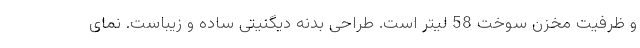
و ظرفیت مخزن سوخت 58 لیتر است. طراحی بدنه دیگنیتی ساده و زیباست. نمای